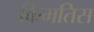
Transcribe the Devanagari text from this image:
किंमतिस